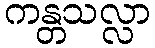
ကန္တသလ္လာ